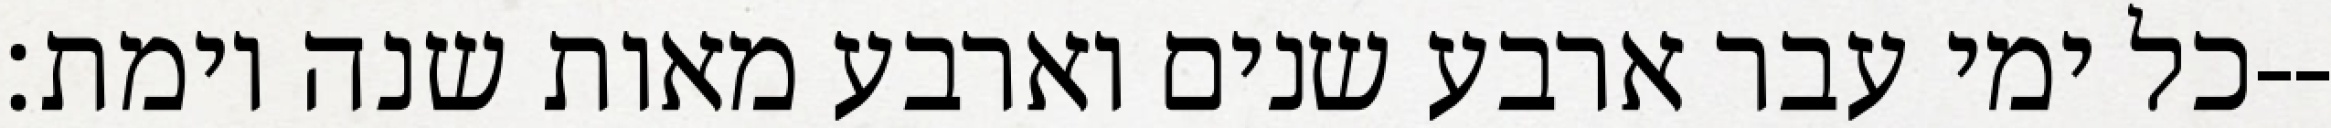
כל ימי עבר ארבע שנים וארבע מאות שנה וימת׃--